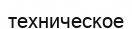
техническое